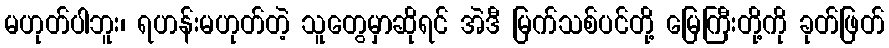
မဟုတ်ပါဘူး၊ ရဟန်းမဟုတ်တဲ့ သူတွေမှာဆိုရင် အဲဒီ မြက်သစ်ပင်တို့ မြေကြီးတို့ကို ခုတ်ဖြတ်